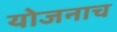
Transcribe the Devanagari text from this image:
योजनाच